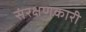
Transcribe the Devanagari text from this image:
संरक्षणकारी